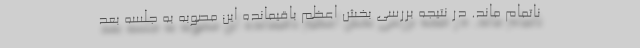
ناتمام ماند. در نتیجه بررسی بخش اعظم باقیمانده این مصوبه به جلسه بعد